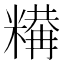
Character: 𥼉